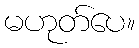
မဟုတ်ပေ။